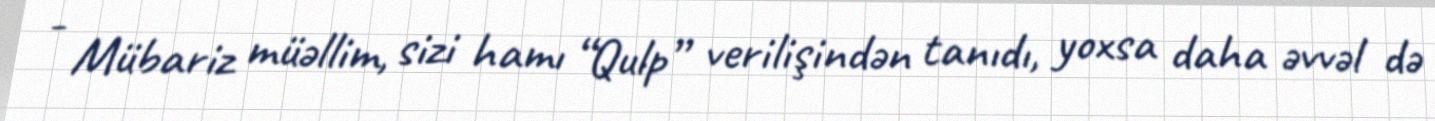
- Mübariz müəllim, sizi hamı “Qulp” verilişindən tanıdı, yoxsa daha əvvəl də